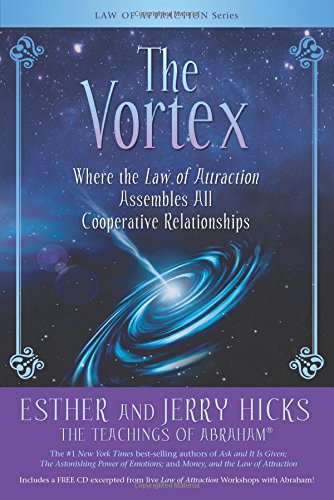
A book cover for The Vortex: Where the Law of Attraction Assembles All Cooperative Relationships; Esther Hicks; Religion & Spirituality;